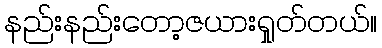
နည်းနည်းတော့ဇယားရှုတ်တယ်။